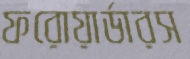
ফরোয়ার্ডারস